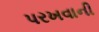
પરખવાની